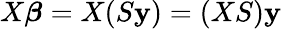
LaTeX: X{\boldsymbol{\beta}}=X(S\mathbf{y})=(XS)\mathbf{y}